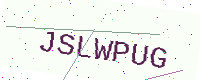
Text: JSLWPUG